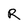
Character: R